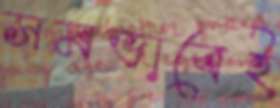
সমভাবেই